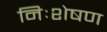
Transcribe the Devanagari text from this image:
निःशेषण